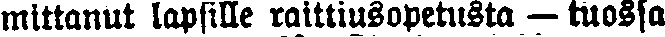
mittanut lapsille raittiusopetusta — tuossa